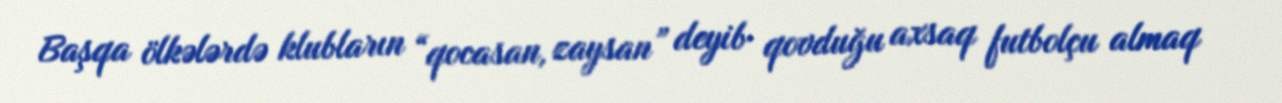
Başqa ölkələrdə klubların “qocasan, zaysan” deyib qovduğu axsaq futbolçu almaq